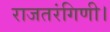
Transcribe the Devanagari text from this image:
राजतरंगिणी।